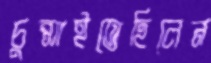
চুপ্‌সাইতেছিলেন